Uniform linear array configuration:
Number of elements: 8
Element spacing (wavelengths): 0.5
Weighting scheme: binomial
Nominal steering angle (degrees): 45
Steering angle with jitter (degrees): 43.093
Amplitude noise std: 0.05
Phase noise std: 0.05

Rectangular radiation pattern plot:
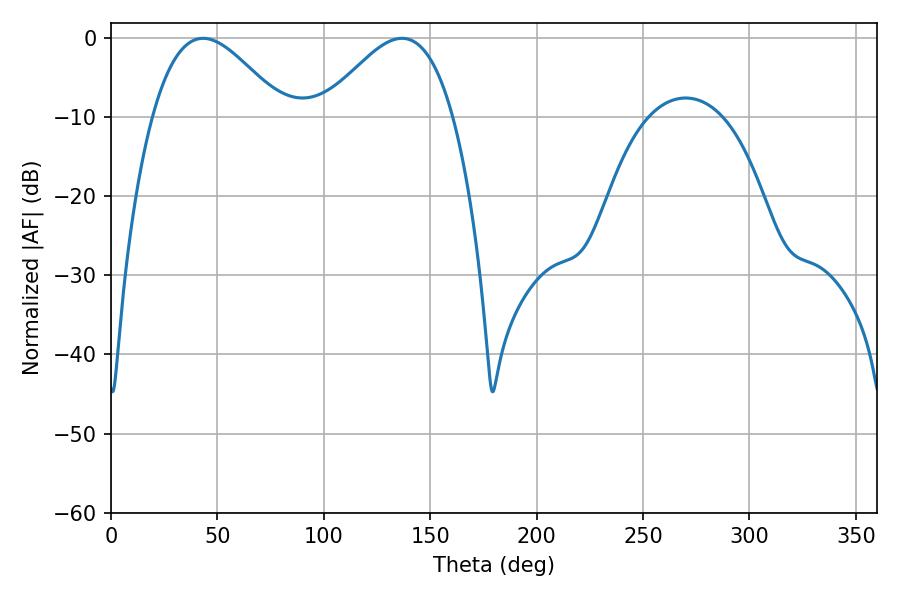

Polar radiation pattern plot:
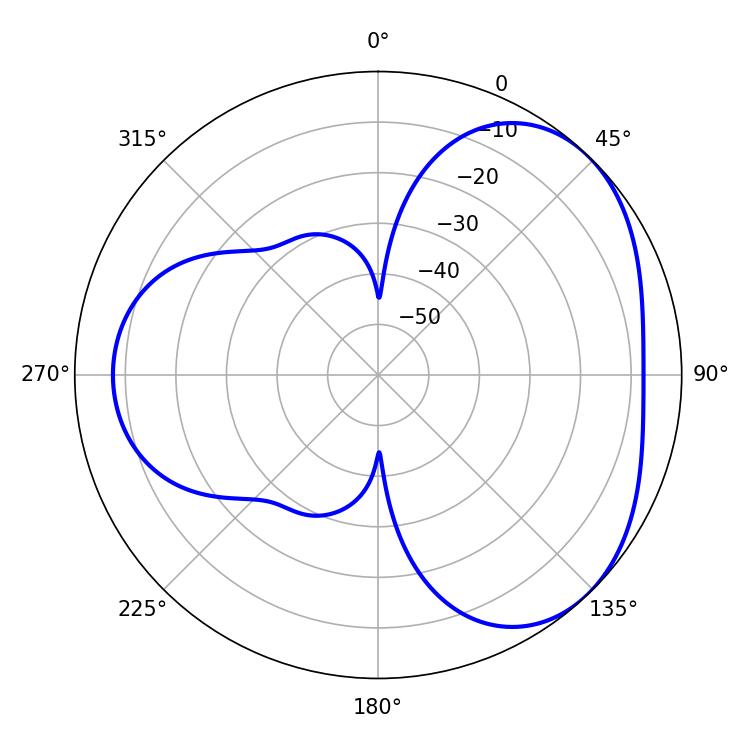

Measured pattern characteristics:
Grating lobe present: FALSE
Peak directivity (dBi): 3.841
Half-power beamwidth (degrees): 33.12
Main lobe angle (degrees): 43.2